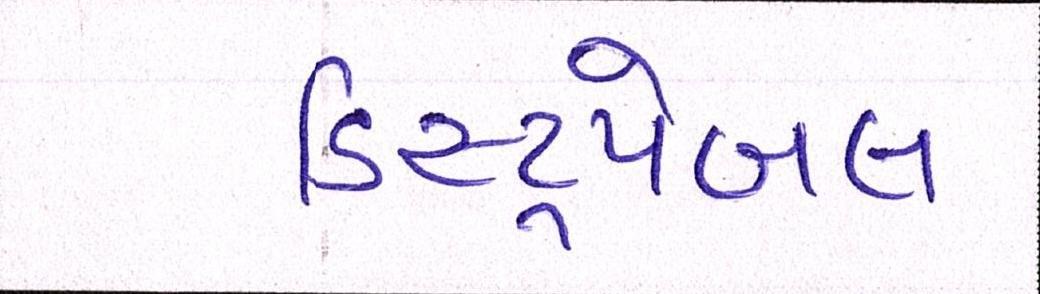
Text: ડિસ્ટ્રપેબલ